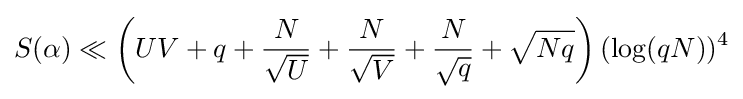
S(\alpha )\ll \left(UV+q+{\frac {N}{\sqrt {U}}}+{\frac {N}{\sqrt {V}}}+{\frac {N}{\sqrt {q}}}+{\sqrt {Nq}}\right)(\log(qN))^{4}